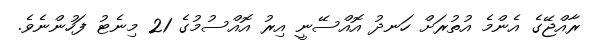
ރާއްޖޭގެ އެންމެ އުތުރަށް ހަނދު އޮއްސޭނީ އިރު އޮއްސުމުގެ 21 މިނެޓު ފަހުންނެވެ.